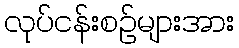
လုပ်ငန်းစဉ်များအား